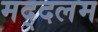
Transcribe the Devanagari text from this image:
मद्दलम